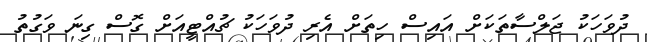
ދުވަހަކު ޖަލްސާތަކަށް އައިސް ހިތަށް އެރި ދުވަހަކު ޗުއްޓީއަށް ގޮސް ގިނަ ވަގުތު